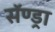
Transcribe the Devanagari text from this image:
सॅण्ड्रा